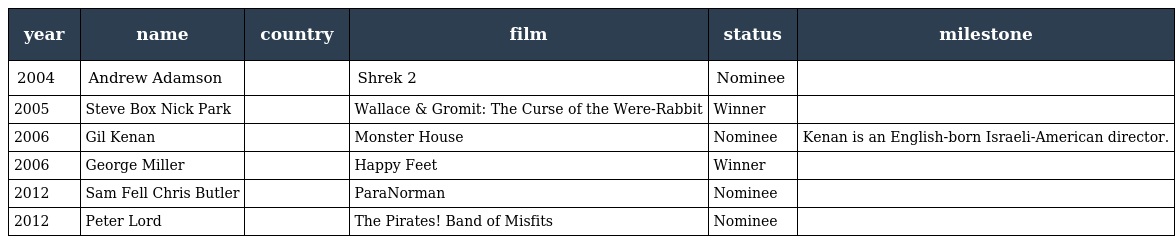
| year | name | country | film | status | milestone |
 | --- | --- | --- | --- | --- | --- |
 | 2004 | Andrew Adamson |  | Shrek 2 | Nominee |  |
 | 2005 | Steve Box Nick Park |  | Wallace & Gromit: The Curse of the Were-Rabbit | Winner |  |
 | 2006 | Gil Kenan |  | Monster House | Nominee | Kenan is an English-born Israeli-American director. |
 | 2006 | George Miller |  | Happy Feet | Winner |  |
 | 2012 | Sam Fell Chris Butler |  | ParaNorman | Nominee |  |
 | 2012 | Peter Lord |  | The Pirates! Band of Misfits | Nominee |  |